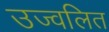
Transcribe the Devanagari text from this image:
उज्वलित